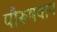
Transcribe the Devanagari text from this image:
पौरूषवान